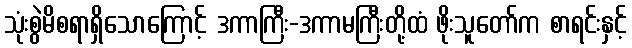
သုံးစွဲမိစရာရှိသောကြောင့် ဒကာကြီး-ဒကာမကြီးတို့ထံ ဖိုးသူတော်က စာရင်းနှင့်